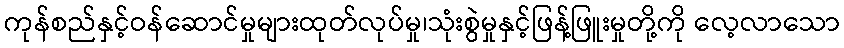
ကုန်စည်နှင့်ဝန်ဆောင်မှုများထုတ်လုပ်မှု၊သုံးစွဲမှုနှင့်ဖြန့်ဖြူးမှုတို့ကို လေ့လာသော